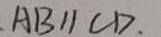
A B / / C D